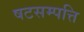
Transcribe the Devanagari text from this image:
षटसम्पत्ति